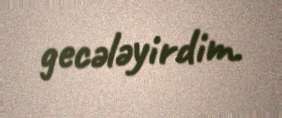
gecələyirdim.